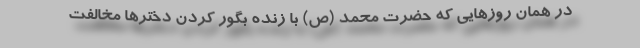
در همان روزهایی که حضرت محمد (ص) با زنده بگور کردن دخترها مخالفت